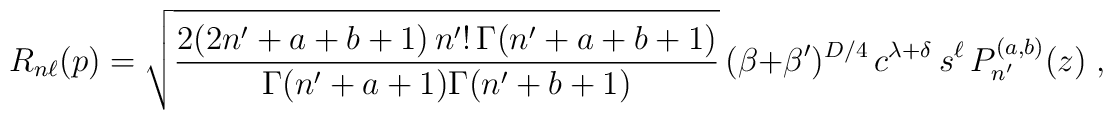
R_{n\ell}(p) = \sqrt{ \frac{ 2 (2n'+a+b+1)\, n'!\, \Gamma(n'+a+b+1) }             { \Gamma(n'+a+1) \Gamma(n'+b+1) }     }\,(\beta+\beta')^{D/4}\, c^{\lambda+\delta}\, s^\ell\, P_{n'}^{(a,b)}(z)\;,